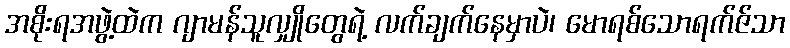
အစိုးရအဖွဲ့ထဲက ဂျာမန်သူလျှိုတွေရဲ့ လက်ချက်နေမှာပဲ၊ မောရစ်သောရက်ဇ်သာ